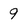
Character: 9